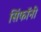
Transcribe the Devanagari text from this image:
सिंफॉनी